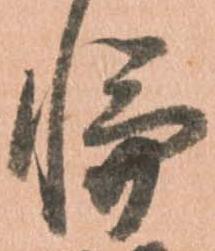
輪